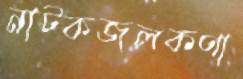
নাটকজলকণা